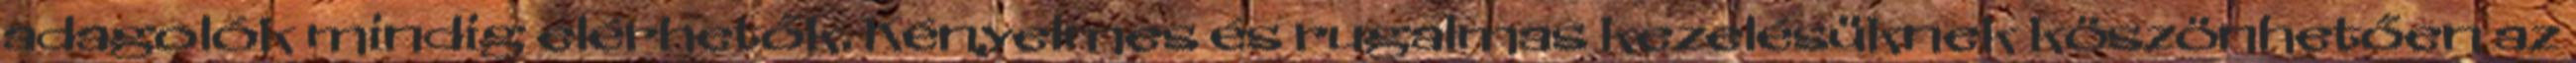
adagolók mindig elérhetők. Kényelmes és rugalmas kezelésüknek köszönhetően az